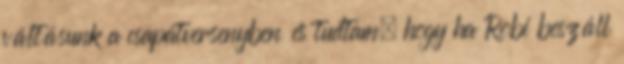
váltásunk a csapatversenyben és tudtam, hogy ha Robi beszáll